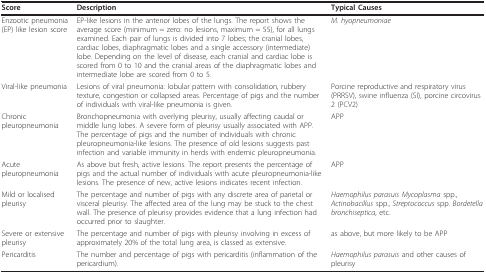
| Score | Description | Typical Causes |
 | --- | --- | --- |
 | Enzootic pneumonia (EP) like lesion score | EP-like lesions in the anterior lobes of the lungs. The report shows the average score (minimum = zero: no lesions, maximum = 55), for all lungs examined. Each pair of lungs is divided into 7 lobes; the cranial lobes, cardiac lobes, diaphragmatic lobes and a single accessory (intermediate) lobe. Depending on the level of disease, each cranial and cardiac lobe is scored from 0 to 10 and the cranial areas of the diaphragmatic lobes and intermediate lobe are scored from 0 to 5. | M. hyopneumoniae |
 | Viral-like pneumonia | Lesions of viral pneumonia: lobular pattern with consolidation, rubbery texture, congestion or collapsed areas. Percentage of pigs and the number of individuals with viral-like pneumonia is given. | Porcine reproductive and respiratory virus (PRRSV), swine influenza (SI), porcine circovirus 2 (PCV2) |
 | Chronic pleuropneumonia | Bronchopneumonia with overlying pleurisy, usually affecting caudal or middle lung lobes. A severe form of pleurisy usually associated with APP. The percentage of pigs and the number of individuals with chronic pleuropneumonia-like lesions. The presence of old lesions suggests past infection and variable immunity in herds with endemic pleuropneumonia. | APP |
 | Acute pleuropneumonia | As above but fresh, active lesions. The report presents the percentage of pigs and the actual number of individuals with acute pleuropneumonia-like lesions. The presence of new, active lesions indicates recent infection. | APP |
 | Mild or localised pleurisy | The percentage and number of pigs with any discrete area of parietal or visceral pleurisy. The affected area of the lung may be stuck to the chest wall. The presence of pleurisy provides evidence that a lung infection had occurred prior to slaughter. | Haemophilus parasuis Mycoplasma spp., Actinobacillus spp., Streptococcus spp. Bordetella bronchiseptica, etc. |
 | Severe or extensive pleurisy | The percentage and number of pigs with pleurisy involving in excess of approximately 20% of the total lung area, is classed as extensive. | as above, but more likely to be APP |
 | Pericarditis | The number and percentage of pigs with pericarditis (inflammation of the pericardium). | Haemophilus parasuis and other causes of pleurisy |